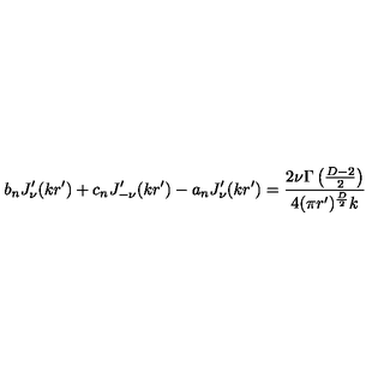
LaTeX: b _ { n } J _ { \nu } ^ { \prime } ( k r ^ { \prime } ) + c _ { n } J _ { - \nu } ^ { \prime } ( k r ^ { \prime } ) - a _ { n } J _ { \nu } ^ { \prime } ( k r ^ { \prime } ) = { \frac { 2 \nu \Gamma \left( { \frac { D - 2 } { 2 } } \right) } { 4 ( \pi r ^ { \prime } ) ^ { \frac { D } { 2 } } k } }